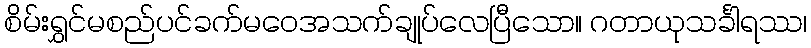
စိမ်းရွှင်မစည်ပင်ခက်မဝေအသက်ချုပ်လေပြီသော။ ဂတာယုသင်္ခါရဿ၊